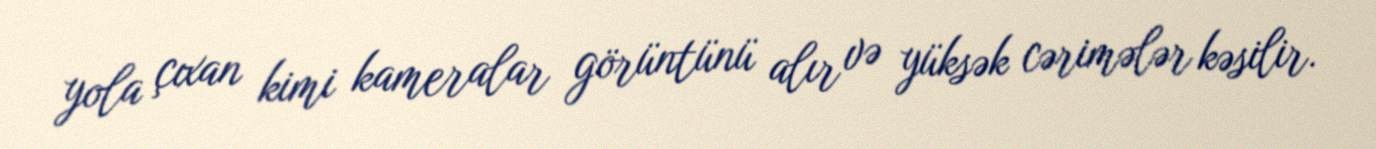
yola çıxan kimi kameralar görüntünü alır və yüksək cərimələr kəsilir.